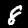
Digit: 8